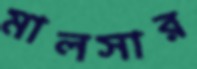
মালসার